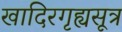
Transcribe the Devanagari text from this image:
खादिरगृह्यसूत्र